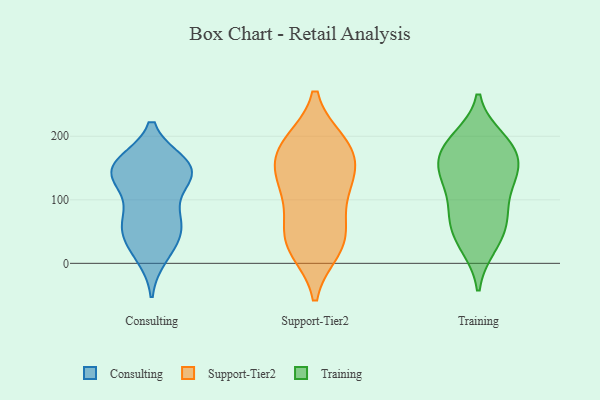
{"axis": {"x": "Tickets Resolved", "y": "Value"}, "legend": ["Consulting", "Support-Tier2", "Training"], "data": [{"x": "", "y": 132, "type": "Consulting"}, {"x": "", "y": 63, "type": "Consulting"}, {"x": "", "y": 155, "type": "Consulting"}, {"x": "", "y": 44, "type": "Consulting"}, {"x": "", "y": 138, "type": "Consulting"}, {"x": "", "y": 55, "type": "Consulting"}, {"x": "", "y": 23, "type": "Consulting"}, {"x": "", "y": 135, "type": "Consulting"}, {"x": "", "y": 12, "type": "Consulting"}, {"x": "", "y": 79, "type": "Consulting"}, {"x": "", "y": 143, "type": "Consulting"}, {"x": "", "y": 67, "type": "Consulting"}, {"x": "", "y": 154, "type": "Consulting"}, {"x": "", "y": 157, "type": "Consulting"}, {"x": "", "y": 152, "type": "Consulting"}, {"x": "", "y": 181, "type": "Support-Tier2"}, {"x": "", "y": 24, "type": "Support-Tier2"}, {"x": "", "y": 133, "type": "Support-Tier2"}, {"x": "", "y": 127, "type": "Support-Tier2"}, {"x": "", "y": 32, "type": "Support-Tier2"}, {"x": "", "y": 188, "type": "Support-Tier2"}, {"x": "", "y": 44, "type": "Support-Tier2"}, {"x": "", "y": 134, "type": "Support-Tier2"}, {"x": "", "y": 93, "type": "Support-Tier2"}, {"x": "", "y": 185, "type": "Support-Tier2"}, {"x": "", "y": 40, "type": "Support-Tier2"}, {"x": "", "y": 172, "type": "Support-Tier2"}, {"x": "", "y": 186, "type": "Training"}, {"x": "", "y": 197, "type": "Training"}, {"x": "", "y": 138, "type": "Training"}, {"x": "", "y": 73, "type": "Training"}, {"x": "", "y": 177, "type": "Training"}, {"x": "", "y": 57, "type": "Training"}, {"x": "", "y": 123, "type": "Training"}, {"x": "", "y": 82, "type": "Training"}, {"x": "", "y": 139, "type": "Training"}, {"x": "", "y": 196, "type": "Training"}, {"x": "", "y": 180, "type": "Training"}, {"x": "", "y": 145, "type": "Training"}, {"x": "", "y": 159, "type": "Training"}, {"x": "", "y": 26, "type": "Training"}, {"x": "", "y": 55, "type": "Training"}, {"x": "", "y": 140, "type": "Training"}, {"x": "", "y": 87, "type": "Training"}, {"x": "", "y": 26, "type": "Training"}]}